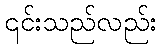
၎င်းသည်လည်း